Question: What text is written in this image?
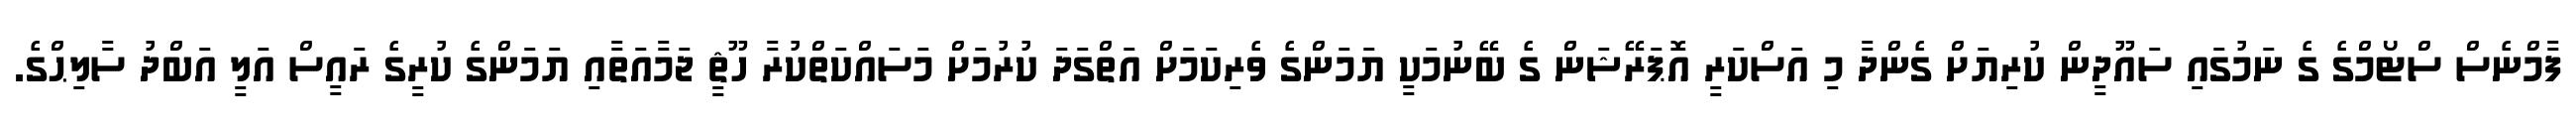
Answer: ފާމްނެސް ސްޓޯމްގެ ގެ ނަމުގައި ސައޫދީން ކުރިޔަށް ގެންދާ މި އަސްކަރީ އޮޕަރޭޝަން ގެ ބޭނުމަކީ ޔަމަންގެ ވެރިކަމަށް އަތްގަދަ ކުރުމަށް މަސައްކަތްކުރާ ހޫޘީ ޖަމާއަތާއި ޔަމަންގެ ކުރީގެ ރައީސް އަލީ އަބްދު ސާލިޙްގެ.